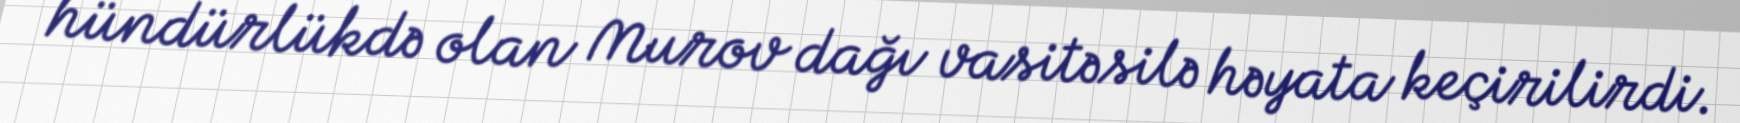
hündürlükdə olan Murov dağı vasitəsilə həyata keçirilirdi.